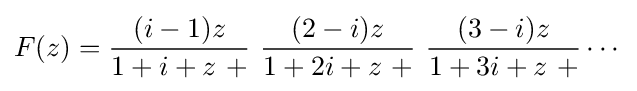
F(z)={\frac {(i-1)z}{1+i+z{\text{   }}+}}{\text{  }}{\frac {(2-i)z}{1+2i+z{\text{   }}+}}{\text{  }}{\frac {(3-i)z}{1+3i+z{\text{   }}+}}\cdots